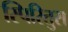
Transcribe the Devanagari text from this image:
स्पिरितुस